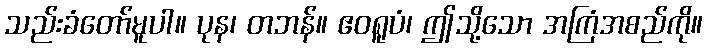
သည်းခံတော်မူပါ။ ပုန၊ တဘန်။ ဧဝရူပံ၊ ဤသို့သော အကြံအစည်ကို။